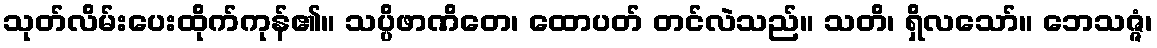
သုတ်လိမ်းပေးထိုက်ကုန်၏။ သပ္ပိဖာဏိတေ၊ ထောပတ် တင်လဲသည်။ သတိ၊ ရှိလသော်။ ဘေသဇ္ဇံ၊